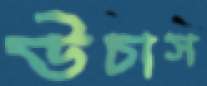
উচাস